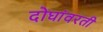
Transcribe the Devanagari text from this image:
दोघांवरती